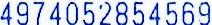
4974052854569